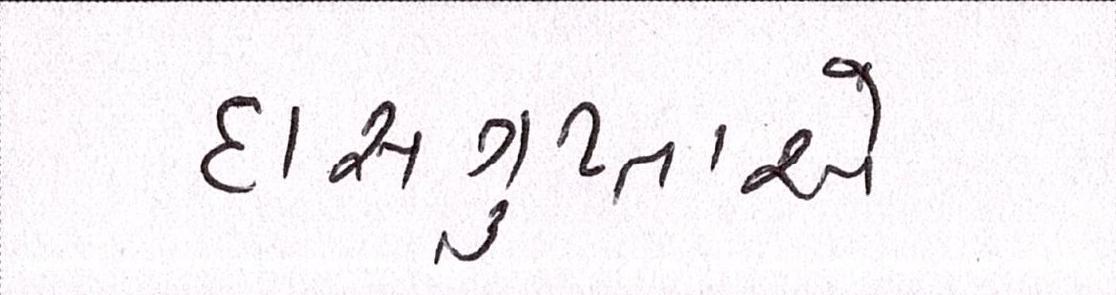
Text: દાસગુપ્તાએ